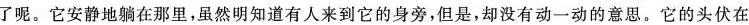
了呢、它安静地在那里，虽然明知道有人来到它的身旁，但是，却没有动一动的意思。它的头伏在